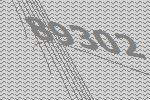
89302